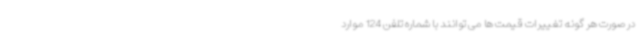
در صورت هر گونه تغییرات قیمت ها می توانند با شماره تلفن 124 موارد